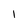
Character: 1